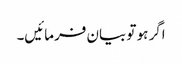
اگر ہو تو بیان فرمائیں۔